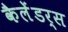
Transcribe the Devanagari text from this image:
कैलेंडर्स